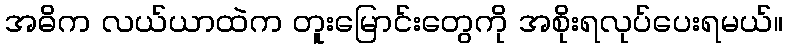
အဓိက လယ်ယာထဲက တူးမြောင်းတွေကို အစိုးရလုပ်ပေးရမယ်။